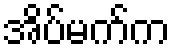
အိပ်မက်က